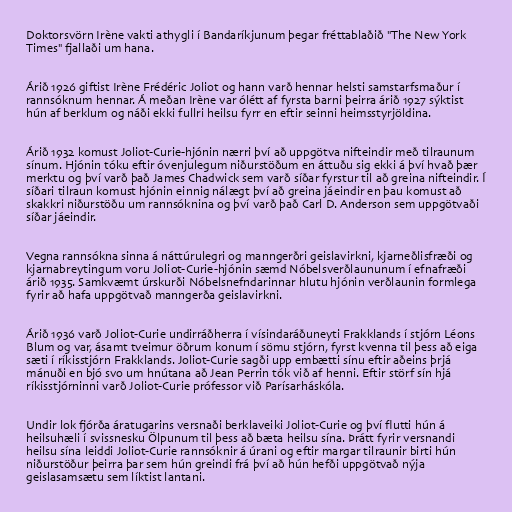
Doktorsvörn Irène vakti athygli í Bandaríkjunum þegar fréttablaðið "The New York
Times" fjallaði um hana.

Árið 1926 giftist Irène Frédéric Joliot og hann varð hennar helsti samstarfsmaður í
rannsóknum hennar. Á meðan Irène var ólétt af fyrsta barni þeirra árið 1927 sýktist
hún af berklum og náði ekki fullri heilsu fyrr en eftir seinni heimsstyrjöldina.

Árið 1932 komust Joliot-Curie-hjónin nærri því að uppgötva nifteindir með tilraunum
sínum. Hjónin tóku eftir óvenjulegum niðurstöðum en áttuðu sig ekki á því hvað þær
merktu og því varð það James Chadwick sem varð síðar fyrstur til að greina nifteindir. Í
síðari tilraun komust hjónin einnig nálægt því að greina jáeindir en þau komust að
skakkri niðurstöðu um rannsóknina og því varð það Carl D. Anderson sem uppgötvaði
síðar jáeindir.

Vegna rannsókna sinna á náttúrulegri og manngerðri geislavirkni, kjarneðlisfræði og
kjarnabreytingum voru Joliot-Curie-hjónin sæmd Nóbelsverðlaununum í efnafræði
árið 1935. Samkvæmt úrskurði Nóbelsnefndarinnar hlutu hjónin verðlaunin formlega
fyrir að hafa uppgötvað manngerða geislavirkni.

Árið 1936 varð Joliot-Curie undirráðherra í vísindaráðuneyti Frakklands í stjórn Léons
Blum og var, ásamt tveimur öðrum konum í sömu stjórn, fyrst kvenna til þess að eiga
sæti í ríkisstjórn Frakklands. Joliot-Curie sagði upp embætti sínu eftir aðeins þrjá
mánuði en bjó svo um hnútana að Jean Perrin tók við af henni. Eftir störf sín hjá
ríkisstjórninni varð Joliot-Curie prófessor við Parísarháskóla.

Undir lok fjórða áratugarins versnaði berklaveiki Joliot-Curie og því flutti hún á
heilsuhæli í svissnesku Ölpunum til þess að bæta heilsu sína. Þrátt fyrir versnandi
heilsu sína leiddi Joliot-Curie rannsóknir á úrani og eftir margar tilraunir birti hún
niðurstöður þeirra þar sem hún greindi frá því að hún hefði uppgötvað nýja
geislasamsætu sem líktist lantani.